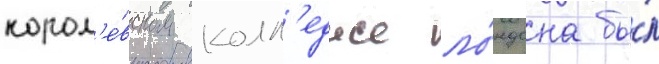
корол'е́вском колл'едже ло́ндона бы́л